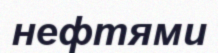
нефтями